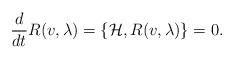
LaTeX: \begin{align*}{\frac{d}{dt}}R(v,\lambda )=\{\mathcal{H},R(v,\lambda )\}=0.\end{align*}